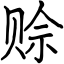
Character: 赊